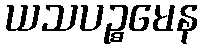
ယသပဉ္စမေန